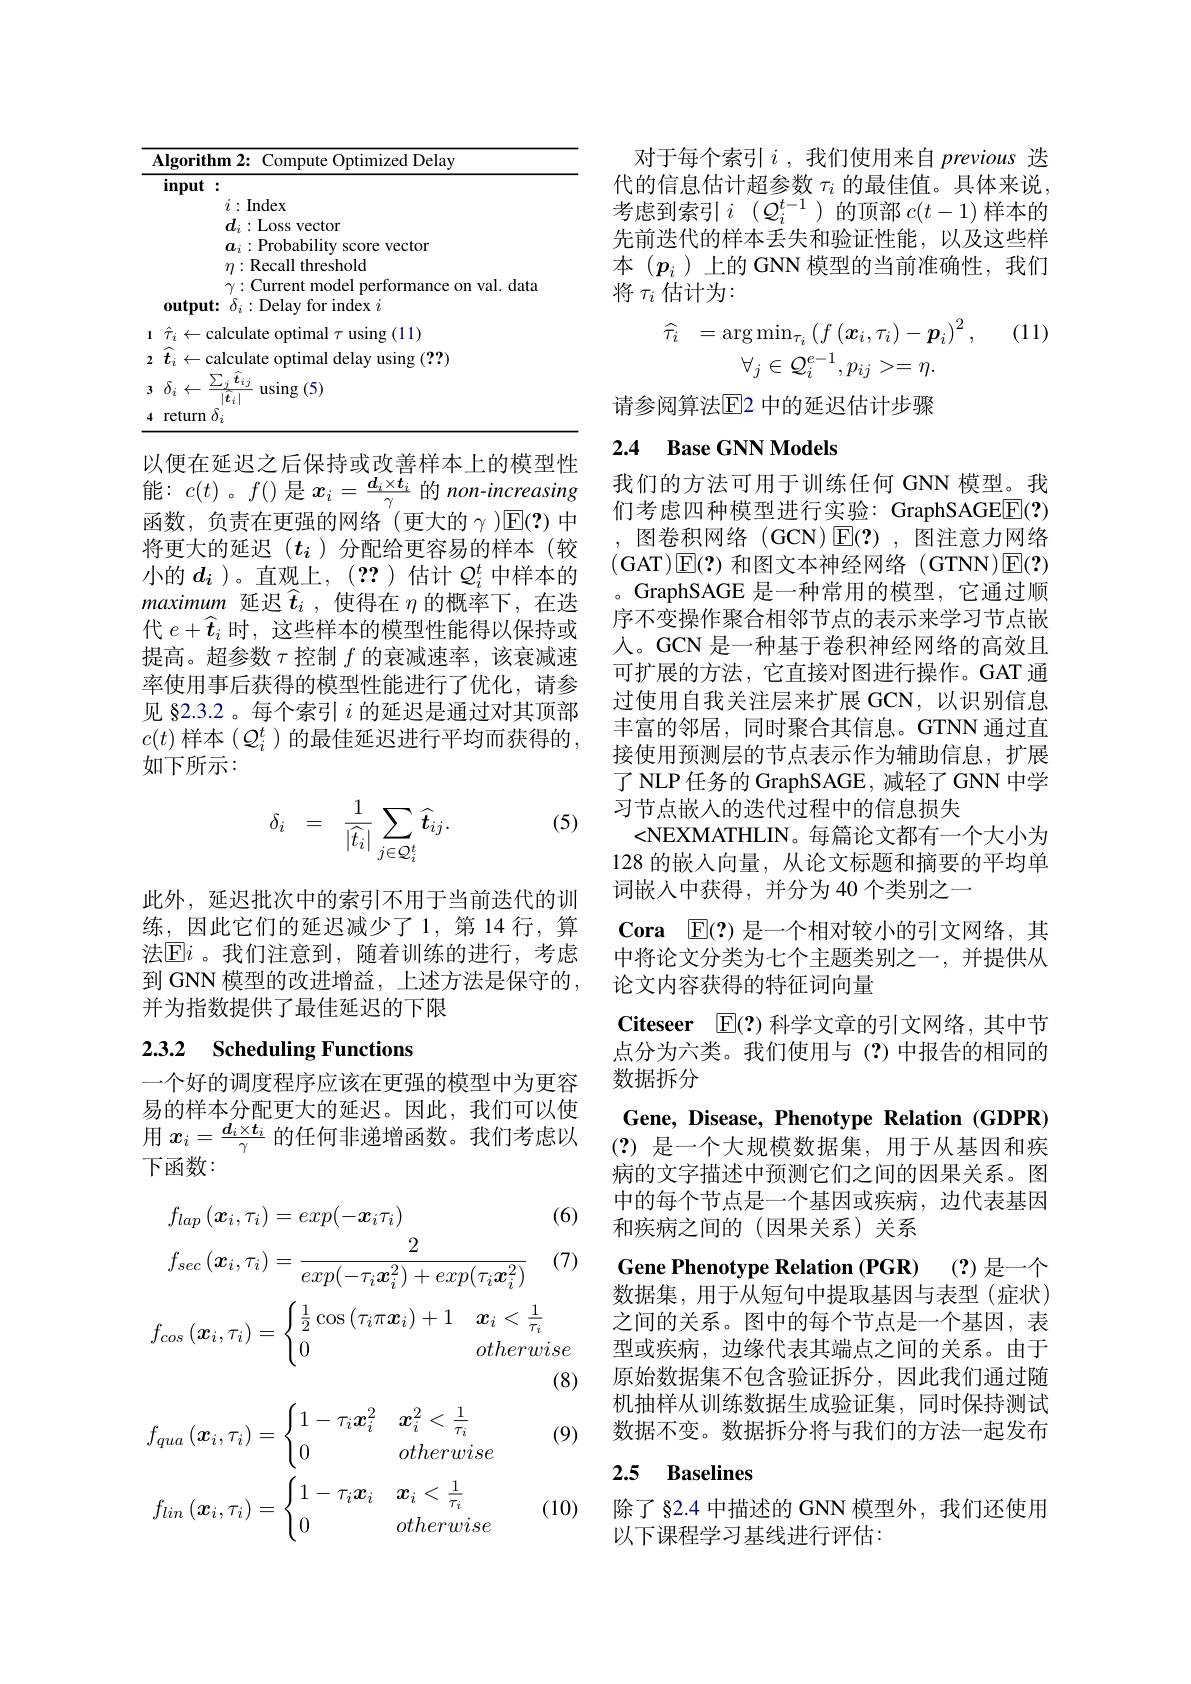
<table>
	<tbody>
		<tr>
			<th>TA -</th>
			<th>$\Lambda lgorith$</th>
			<th>orithm 2: Compute Optimized Delay</th>
		</tr>
		<tr>
			<td>1</td>
			<td>$\hat{\tau}_{i}\leftarrow$ $\cdot Cc$ -</td>
			<td>$\leftarrow$calculate optimal $\tau$ using (11)</td>
		</tr>
		<tr>
			<td>2</td>
			<td>$\hat{t}_{i}$ $\leftarrow$ $Ca$ 1</td>
			<td>$\leftarrow$calculate optimal delay using (??)</td>
		</tr>
		<tr>
			<td>3</td>
			<td>$\sum_{i=1}^{\sum_{i=1}^{n}}$ $\delta_{i}$ $\leftarrow$</td>
			<td>$-\dot{x}$ $\operatorname{using}\left(5\right)$</td>
		</tr>
		<tr>
			<td>4</td>
			<td>return</td>
			<td>turn $\delta_{i}$</td>
		</tr>
	</tbody>
</table>

以便在延迟之后保持或改善样本上的模型性能：$c(t)$ 。$f()$是$x_i=\frac{d_i\times t_i}\gamma$的 non-increasing 函数，负责在更强的网络(更大的$\gamma$)$\mathbb{E}(?)$ 中将更大的延迟($t_i$)分配给更容易的样本(较小的$d_i$)。直观上，(??)估计 $Q_i^t$ 中样本的maximum延迟$\widehat{t}_i$ ,使得在$\eta$的概率下，在迭代$e+\widehat{\boldsymbol{t}}_i$时，这些样本的模型性能得以保持或提高。超参数$\tau$控制$f$的衰减速率，该衰减速率使用事后获得的模型性能进行了优化，请参见 §2.3.2。每个索引$i$的延迟是通过对其顶部$c(t)$ 样本 $(Q_i^t$ )的最佳延迟进行平均而获得的， 如下所示：

(5)
$$\delta_{i}\quad=\quad\frac{1}{|\widehat{t}_{i}|}\sum_{j\in\mathcal{Q}_{i}^{t}}\widehat{t}_{ij}.$$
此外，延迟批次中的索引不用于当前迭代的训练，因此它们的延迟减少了1，第14行，算法[E]i。我们注意到，随着训练的进行，考虑到 GNN 模型的改进增益，上述方法是保守的， 并为指数提供了最佳延迟的下限

# 2.3.2 Scheduling Functions

一个好的调度程序应该在更强的模型中为更容易的样本分配更大的延迟。因此，我们可以使用$x_i=\frac{d_i\times t_i}\gamma$的任何非递增函数。我们考虑以下函数：

(6)

(7)
$$\begin{aligned}&f_{lap}\left(\boldsymbol{x}_{i},\tau_{i}\right)=exp(-\boldsymbol{x}_{i}\tau_{i})\\&f_{sec}\left(\boldsymbol{x}_{i},\tau_{i}\right)=\frac{2}{exp(-\tau_{i}\boldsymbol{x}_{i}^{2})+exp(\tau_{i}\boldsymbol{x}_{i}^{2})}\end{aligned}$$
(8)

(9)
$$\begin{aligned}&f_{qua}\left(\boldsymbol{x}_{i},\tau_{i}\right)=\begin{cases}1-\tau_i\boldsymbol{x}_i^2&\boldsymbol{x}_i^2<\frac{1}{\tau_i}\\0&otherwise\end{cases}\\&f_{lin}\left(\boldsymbol{x}_{i},\tau_{i}\right)=\begin{cases}1-\tau_i\boldsymbol{x}_i&\boldsymbol{x}_i<\frac{1}{\tau_i}\\0&otherwise\end{cases}\end{aligned}$$
(10)

对于每个索引$i$ ,我们使用来自 previous 迭代的信息估计超参数$\tau_i$的最佳值。具体来说， 考虑到索引$i(\mathcal{Q}_i^t-1)$的顶部$c(t-1)$样本的先前迭代的样本丢失和验证性能，以及这些样本($p_i$)上的 GNN 模型的当前准确性，我们将$\tau_i$估计为：

(11)
$$\widehat{\tau_{i}}=\arg\min_{\tau_{i}}\left(f\left(\boldsymbol{x}_{i},\tau_{i}\right)-\boldsymbol{p}_{i}\right)^{2},\\\forall_{j}\in\mathcal{Q}_{i}^{e-1},p_{ij}>=\eta.$$
请参阅算法$\operatorname{E}$2 中的延迟估计步骤

### 2.4 Base GNN Models

我们的方法可用于训练任何 GNN 模型。我们考虑四种模型进行实验：GraphSAGEE(?) ,图卷积网络 (GCN)$\operatorname{E}(?)$,图注意力网络(GAT$)\boxed{\mathrm{E}}(?)$和图文本神经网络(GTNN)$\boxed{\mathrm{E}}(?)$ 。GraphSAGE 是一种常用的模型，它通过顺序不变操作聚合相邻节点的表示来学习节点嵌人。GCN 是一种基于卷积神经网络的高效且可扩展的方法，它直接对图进行操作。GAT 通过使用自我关注层来扩展 GCN,以识别信息丰富的邻居，同时聚合其信息。GTNN 通过直接使用预测层的节点表示作为辅助信息，扩展了 NLP 任务的 GraphSAGE, 减轻了 GNN 中学习节点嵌入的迭代过程中的信息损失
<NEXMATHLIN。每篇论文都有一个大小为128 的嵌入向量，从论文标题和摘要的平均单词嵌人中获得，并分为 40 个类别之一
Cora $\mathbb{E}(?)$是一个相对较小的引文网络，其中将论文分类为七个主题类别之一，并提供从论文内容获得的特征词向量
Citeseer $\mathbb{E}(?)$科学文章的引文网络，其中节点分为六类。我们使用与(?)中报告的相同的数据拆分
Gene, Disease, Phenotype Relation (GDPR) (?)是一个大规模数据集，用于从基因和疾病的文字描述中预测它们之间的因果关系。图中的每个节点是一个基因或疾病，边代表基因和疾病之间的(因果关系)关系
Gene Phenotype Relation (PGR) (?)是一个数据集，用于从短句中提取基因与表型(症状) 之间的关系。图中的每个节点是一个基因，表型或疾病，边缘代表其端点之间的关系。由于原始数据集不包含验证拆分，因此我们通过随机抽样从训练数据生成验证集，同时保持测试数据不变。数据拆分将与我们的方法一起发布2.5 Baselines

除了§2.4 中描述的 GNN 模型外，我们还使用
以下课程学习基线进行评估：